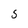
Character: 5